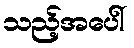
သည့်အပေါ်